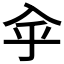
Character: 𠓧